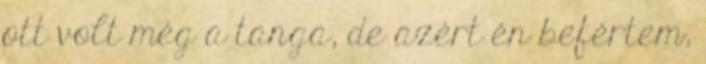
ott volt még a tanga, de azért én befértem,